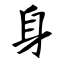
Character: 身